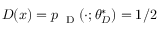
D ( x ) = p _ { \mathrm { ~ \tiny ~ D ~ } } ( \cdot ; \theta _ { D } ^ { * } ) = 1 / 2